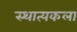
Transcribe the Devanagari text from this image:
स्थात्यकला